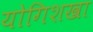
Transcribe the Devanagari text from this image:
योगिशखा